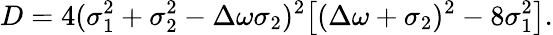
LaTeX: D=4(\sigma_{1}^{2}+\sigma_{2}^{2}-\Delta\omega\sigma_{2})^{2}\big[(\Delta\omega+\sigma_{2})^{2}-8\sigma_{1}^{2}\big].